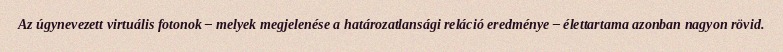
Az úgynevezett virtuális fotonok – melyek megjelenése a határozatlansági reláció eredménye – élettartama azonban nagyon rövid.